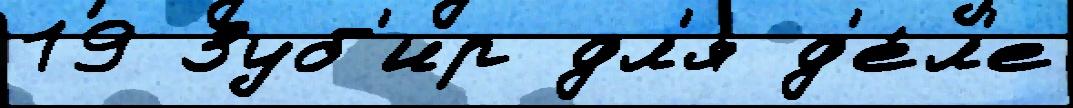
19 Зуб'ир дл'я д'е́л'е